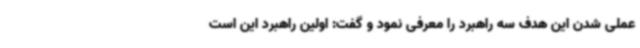
عملی شدن این هدف سه راهبرد را معرفی نمود و گفت: اولین راهبرد این است